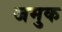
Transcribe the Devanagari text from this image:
जमुक